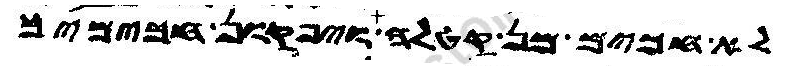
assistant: לא חכים מן קטלה ויפקון חכימיך